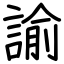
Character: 諭